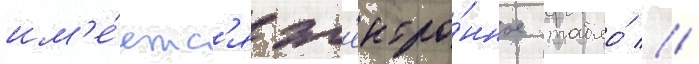
им'е́етс'я эл'ектро́нное табло́ //